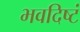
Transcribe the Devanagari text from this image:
भवदिष्टं